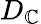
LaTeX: D_{\mathbb{C}}